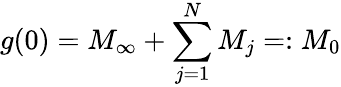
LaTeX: g(0)=M_{\infty}+\sum_{j=1}^{N}M_{j}=:M_{0}